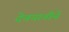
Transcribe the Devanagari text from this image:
देवयानीने